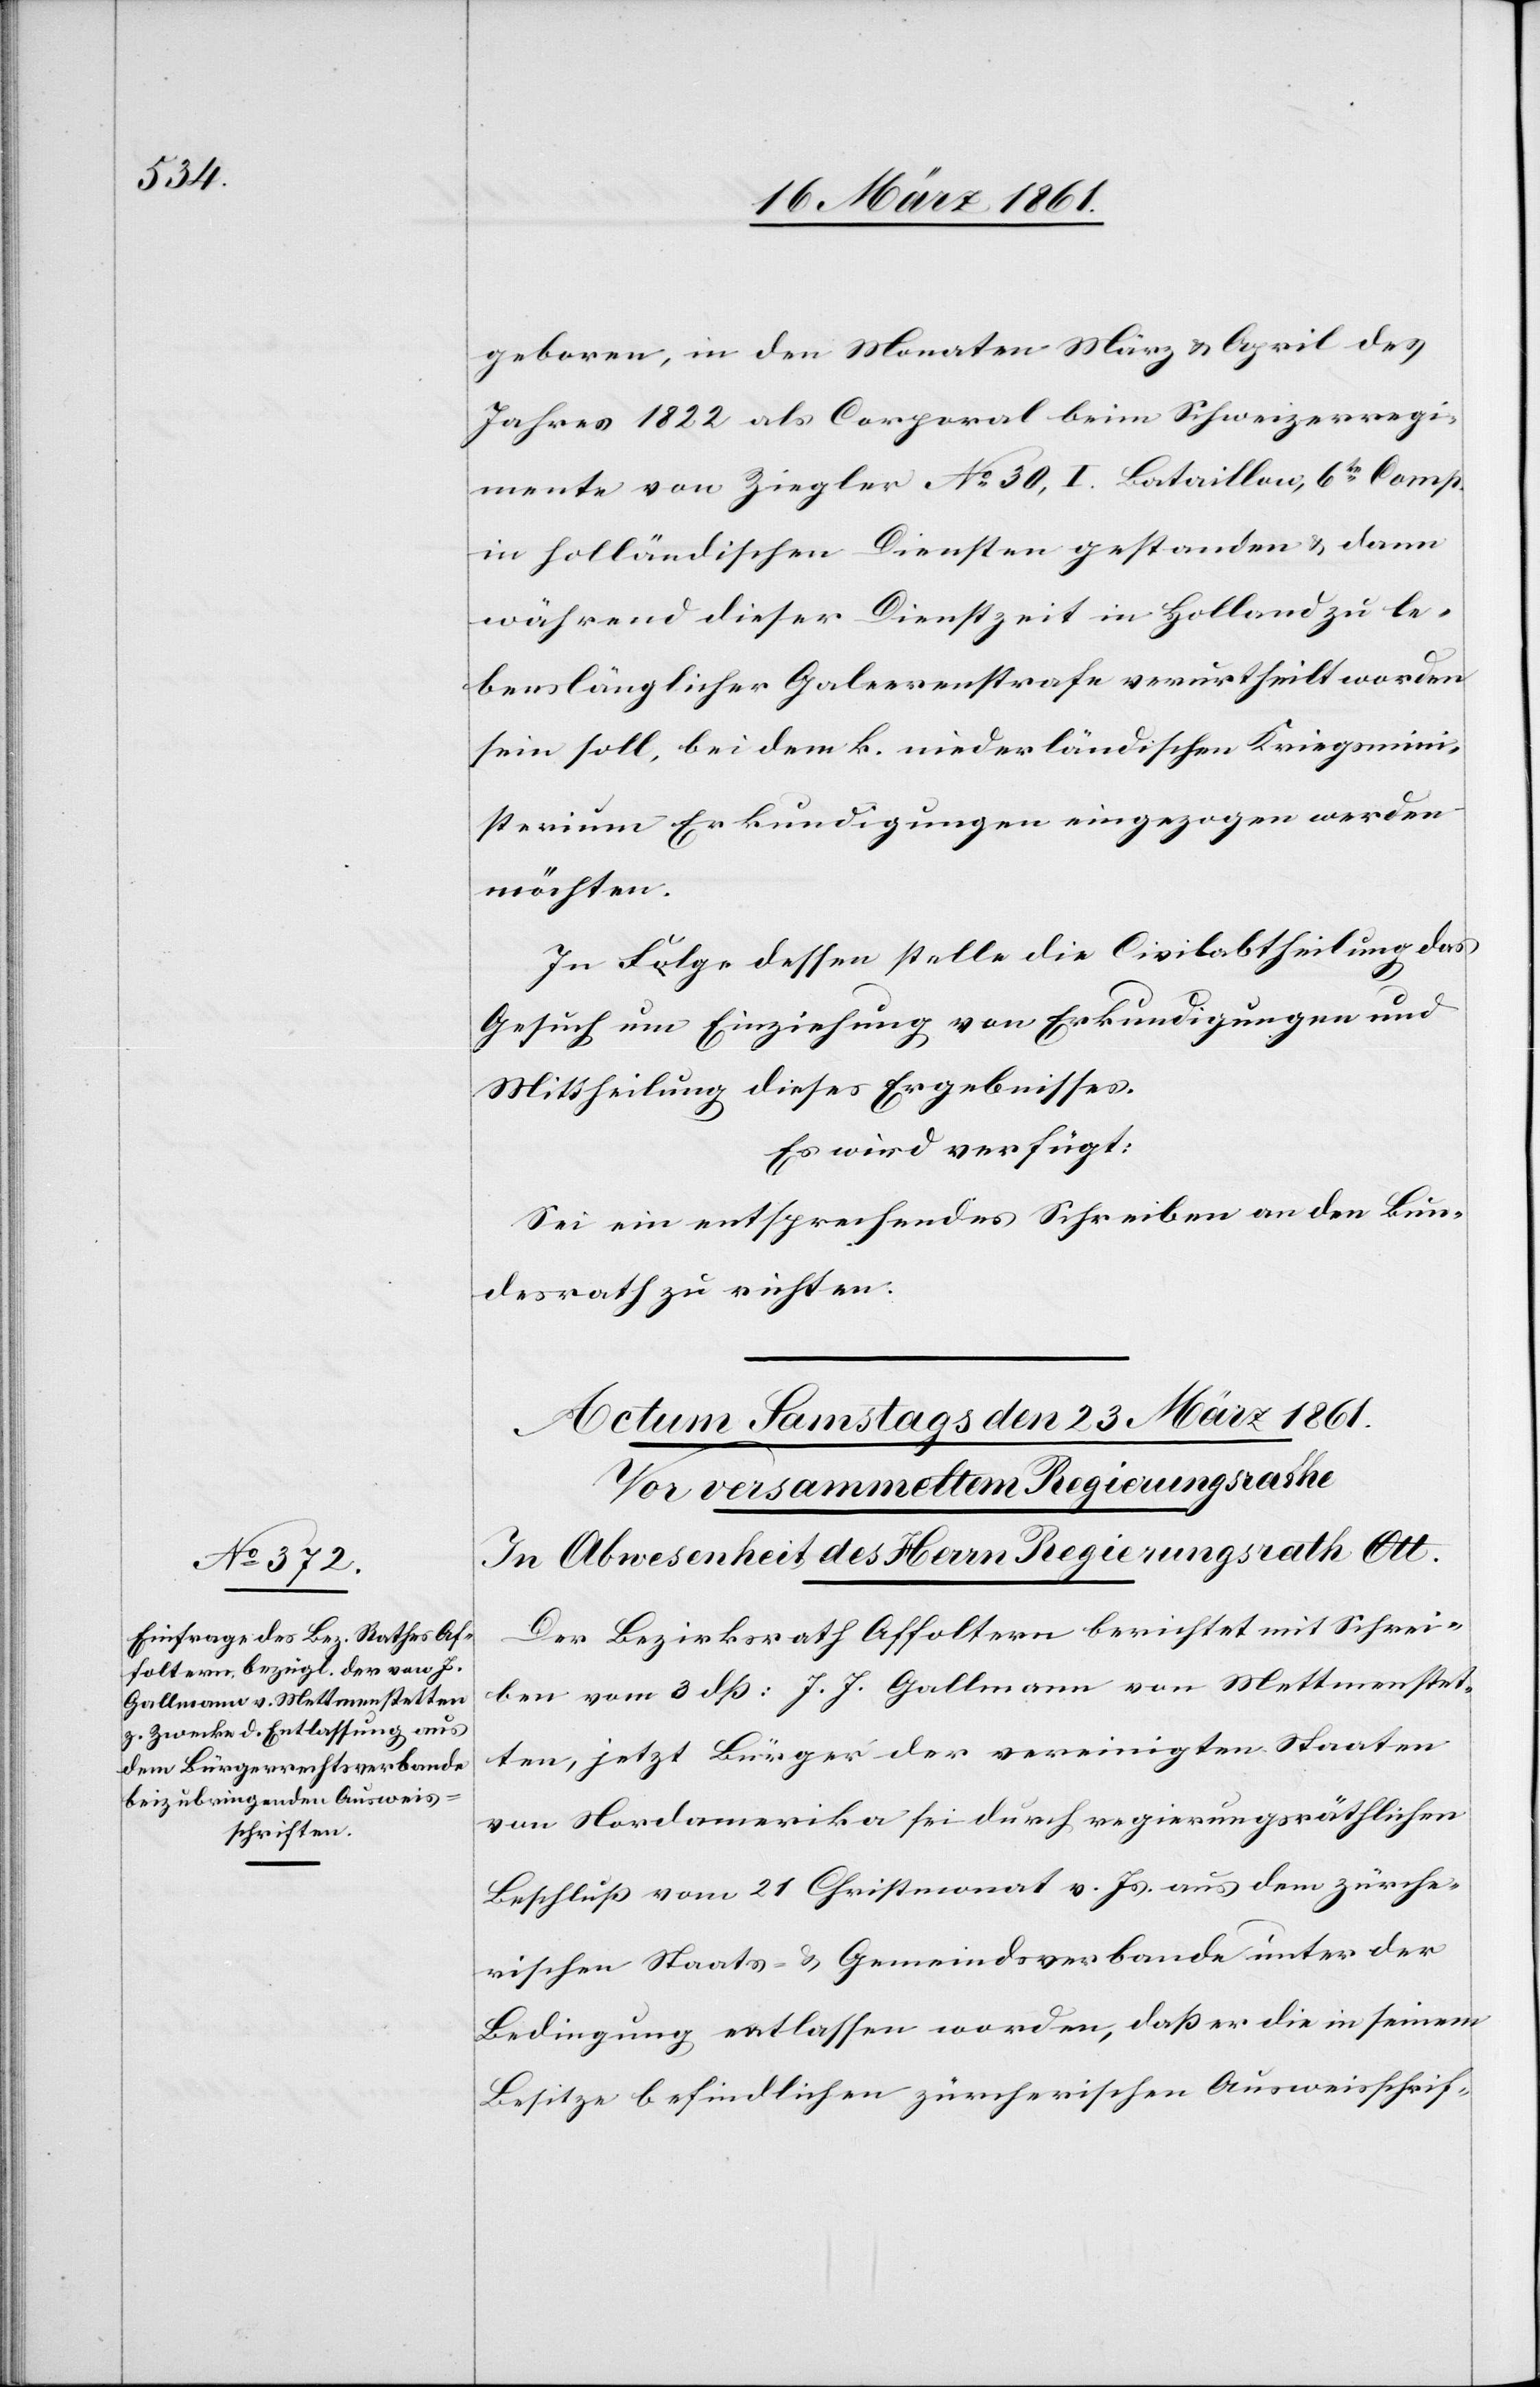
geboren, in den Monaten März u. April des
Jahres 1822 als Corporal beim Schweizerregi¬
mente von Ziegler No 30, I. Bataillon, 6te Comp.
in holländischen Diensten gestanden u. dann
während dieser Dienstzeit in Holland zu le¬
benslänglicher Galeerenstrafe verurtheilt worden
sein soll, bei dem k. niederländischen Kriegsmini¬
sterium Erkundigungen eingezogen werden
möchten.
In Folge dessen stelle die Civilabtheilung das
Gesuch um Einziehung von Erkundigungen und
Mittheilung dieses Ergebnisses.
Es wird verfügt:
Sei ein entsprechendes Schreiben an den Bun¬
desrath zu richten.
Der Bezirksrath Affoltern berichtet mit Schrei¬
ben vom 3. dß: J. J. Gallmann von Mettmenstet¬
ten, jetzt Bürger der vereinigten Staaten
von Nordamerika sei durch regierungsräthlichen
Beschluß vom 21. Christmonat v. Js., aus dem zürche¬
rischen Staats- u. Gemeindsverbande unter der
Bedingung entlassen worden, daß er die in seinem
Besitze befindlichen zürcherischen Ausweisschrif-